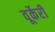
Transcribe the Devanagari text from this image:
वूर्केरी